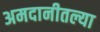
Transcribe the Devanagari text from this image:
अमदानीतल्या